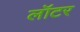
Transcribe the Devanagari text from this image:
लॉटर